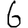
Digit: 6